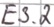
Text: E3.2